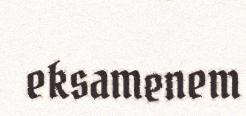
eksamenem